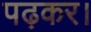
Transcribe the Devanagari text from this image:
पढ़कर।